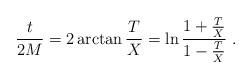
LaTeX: \begin{align*}{t\over 2M}=2\arctan{T\over X}=\ln \frac{1+{T\over X}}{1-{T\over X}}\;.\end{align*}